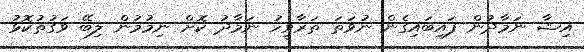
އިޝާ ނަމާދުން ފައިބައިގެން ނުވަތަ ތަރާވީހު ނަމާދު ކޮށް ނިމުމުން ލިބޭ ވަގުތުކޮޅު